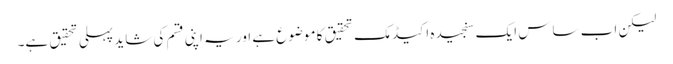
لیکن اب ساس ایک سنجیدہ اکیڈمک تحقیق کا موضوع ہے اور یہ اپنی قسم کی شاید پہلی تحقیق ہے۔